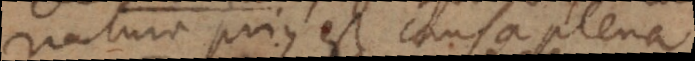
natura prius est causa plena.